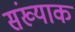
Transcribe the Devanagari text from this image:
संख्याक